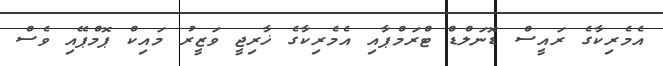
އެމެރިކާގެ ރައީސް ޑޮނަލްޑް ޓްރަމްޕާއި އެމެރިކާގެ ޚާރިޖީ ވަޒީރު މައިކް ޕޮމްޕޭއި ވެސް